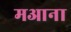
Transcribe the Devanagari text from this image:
मआना